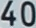
40